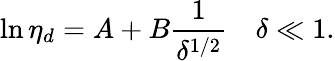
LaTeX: \ln\eta_{d}=A+B\frac{1}{\delta^{1/2}}~~~~\delta\ll 1.